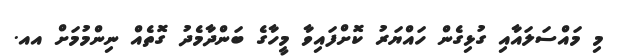
މި މައްސަލައާއި ގުޅިގެން ހައްޔަރު ކޮށްފައިވާ މީހާގެ ބަންދާމެދު ގޮތެއް ނިންމުމަށް އއ.